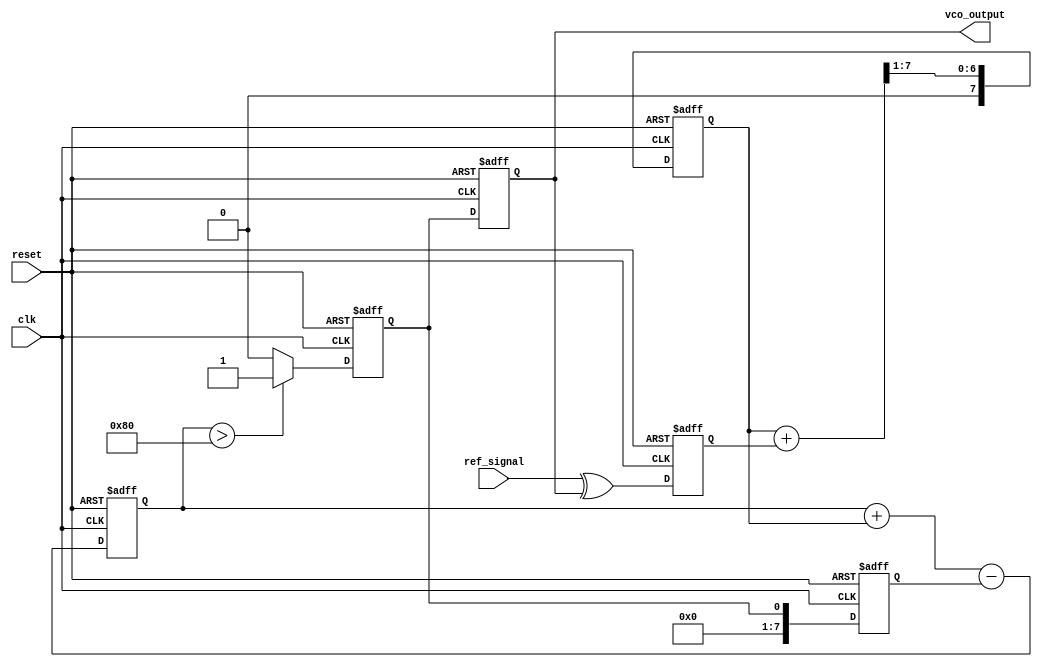
module SigmaDeltaPLL (
    input wire clk,                // System clock
    input wire reset,              // Asynchronous reset
    input wire ref_signal,         // Reference input signal
    output wire vco_output         // Output frequency from VCO
);

// Phase Detector
reg phase_detected;
always @(posedge clk or posedge reset) begin
    if (reset) begin
        phase_detected <= 0;
    end else begin
        // Simple phase comparator (XOR)
        phase_detected <= ref_signal ^ vco_output;
    end
end

// Loop Filter (Simple Moving Average for example)
reg [7:0] loop_filter_reg;
always @(posedge clk or posedge reset) begin
    if (reset) begin
        loop_filter_reg <= 0;
    end else begin
        loop_filter_reg <= (loop_filter_reg + phase_detected) >> 1; // Low-pass filter
    end
end

// Sigma-Delta Modulator
reg [7:0] integrator;
reg quantized_output;
reg [7:0] feedback_reg;
always @(posedge clk or posedge reset) begin
    if (reset) begin
        integrator <= 0;
        quantized_output <= 0;
        feedback_reg <= 0;
    end else begin
        // Integrator step
        integrator <= integrator + loop_filter_reg - feedback_reg;
        // 1-bit quantization
        if (integrator > 8'd128) begin
            quantized_output <= 1; // Output high
        end else begin
            quantized_output <= 0; // Output low
        end
        // Feedback for next cycle
        feedback_reg <= {7'b0, quantized_output}; // Assuming 1-bit feedback
    end
end

// Voltage-Controlled Oscillator (VCO)
reg vco_state;
always @(posedge clk or posedge reset) begin
    if (reset) begin
        vco_state <= 0;
    end else begin
        // Simple VCO implementation
        vco_state <= quantized_output; // Output frequency based on the quantizer output
    end
end

assign vco_output = vco_state;

endmodule